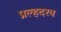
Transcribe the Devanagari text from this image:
प्रल्हदरव